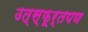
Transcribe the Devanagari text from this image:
उत्स्फूर्तपण